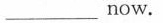
____now.